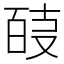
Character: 𭆴